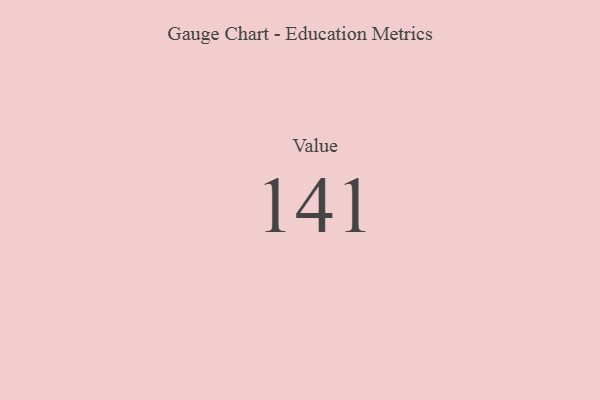
{"axis": {"x": "Metric", "y": "Value"}, "legend": [""], "data": [{"x": "Value", "y": 141, "type": ""}]}